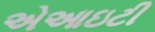
એઆઇટી